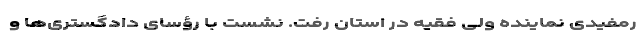
رمفیدی نماینده ولی فقیه در استان رفت. نشست با رؤسای دادگستری‌ها و